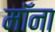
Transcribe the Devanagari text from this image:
मॉना